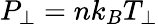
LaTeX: P_{\perp}=nk_{B}T_{\perp}